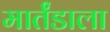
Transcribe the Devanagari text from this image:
मार्तंडाला